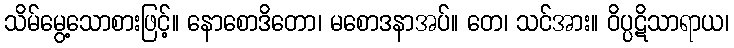
သိမ်မွေ့သောစားဖြင့်။ နောစောဒိတော၊ မစောဒနာအပ်။ တေ၊ သင်အား။ ဝိပ္ပဋိသာရာယ၊